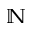
{ \mathbb N }